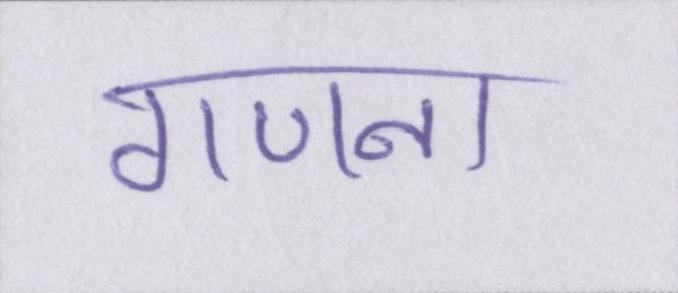
गणना